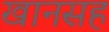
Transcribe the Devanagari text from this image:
खानसह